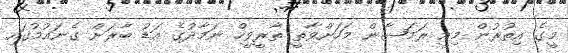
މީގެ އިތުރުން މިއީ ރަމަޟާން މަހަށްވާތީ ތާރީވީހް ނަމާދުގެ އަޑު ބާރަށް ގެނައުމުގައި